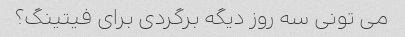
می تونی سه روز دیگه برگردی برای فیتینگ؟